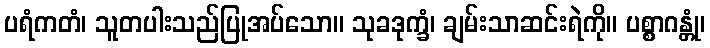
ပရံကတံ၊ သူတပါးသည်ပြုအပ်သော။ သုခဒုက္ခံ၊ ချမ်းသာဆင်းရဲကို။ ပစ္စာဂန္တုံ၊